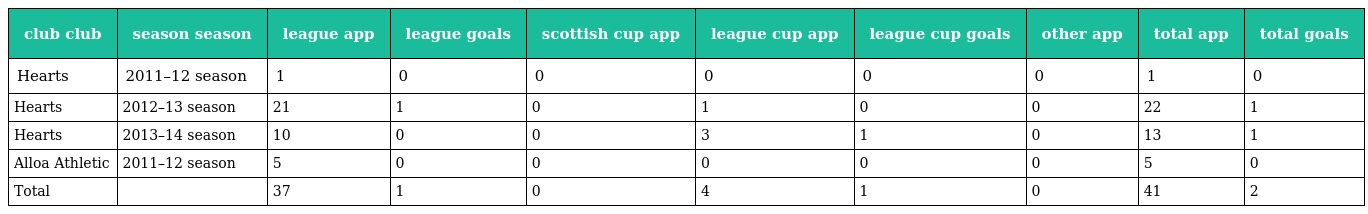
| club club | season season | league app | league goals | scottish cup app | league cup app | league cup goals | other app | total app | total goals |
 | --- | --- | --- | --- | --- | --- | --- | --- | --- | --- |
 | Hearts | 2011–12 season | 1 | 0 | 0 | 0 | 0 | 0 | 1 | 0 |
 | Hearts | 2012–13 season | 21 | 1 | 0 | 1 | 0 | 0 | 22 | 1 |
 | Hearts | 2013–14 season | 10 | 0 | 0 | 3 | 1 | 0 | 13 | 1 |
 | Alloa Athletic | 2011–12 season | 5 | 0 | 0 | 0 | 0 | 0 | 5 | 0 |
 | Total |  | 37 | 1 | 0 | 4 | 1 | 0 | 41 | 2 |